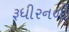
રૂધીરનળી